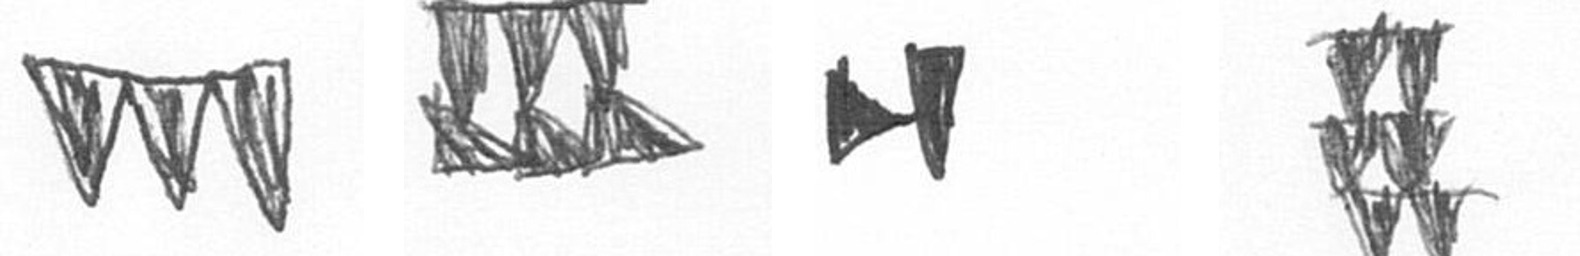
L D M Y